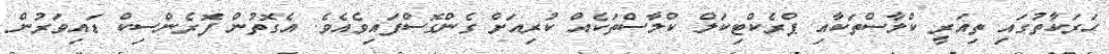
ހަރަކާތުގައި ތިއަރީ ކްލާސްތަކާއި ޕްރެކްޓިކަލް ކްލާސްތަކެއް ކުރިއަށް ގެންގޮސްފައިވެއެވެ. އެގޮތުން ފޮރެންސިކް ޑައިވަރުން